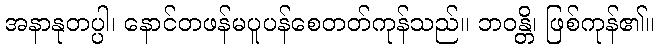
အနာနုတပ္ပါ၊ နောင်တဖန်မပူပန်စေတတ်ကုန်သည်။ ဘဝန္တိ၊ ဖြစ်ကုန်၏။